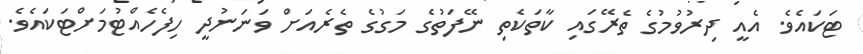
ޓަކައެވެ. އެއީ ދިރުވުމުގެ ތެރޭގައި ކާތަކެތި ނޭފަތުގެ މަގުގެ ތެރެއަށް ވަނަނުދީ ހިފެހެއްޓުމަށްޓަކައެވެ.